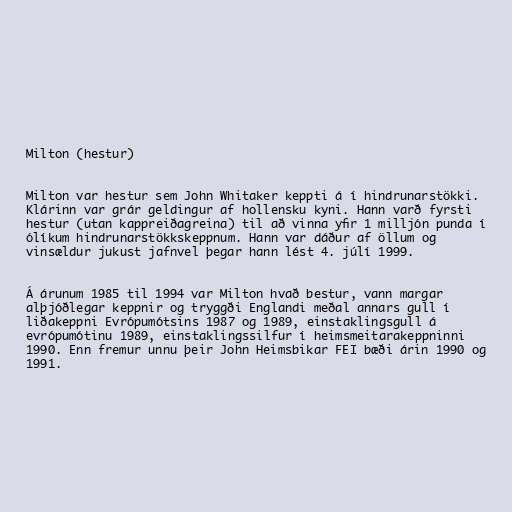
Milton (hestur)

Milton var hestur sem John Whitaker keppti á í hindrunarstökki.
Klárinn var grár geldingur af hollensku kyni. Hann varð fyrsti
hestur (utan kappreiðagreina) til að vinna yfir 1 milljón punda í
ólíkum hindrunarstökkskeppnum. Hann var dáður af öllum og
vinsældur jukust jafnvel þegar hann lést 4. júlí 1999.

Á árunum 1985 til 1994 var Milton hvað bestur, vann margar
alþjóðlegar keppnir og tryggði Englandi meðal annars gull í
liðakeppni Evrópumótsins 1987 og 1989, einstaklingsgull á
evrópumótinu 1989, einstaklingssilfur í heimsmeitarakeppninni
1990. Enn fremur unnu þeir John Heimsbikar FEI bæði árin 1990 og
1991.